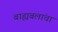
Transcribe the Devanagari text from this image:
बाह्यबलांचा